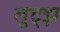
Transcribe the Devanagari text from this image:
लुट्झ